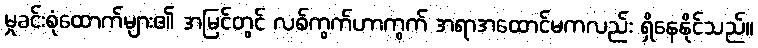
မှုခင်းစုံထောက်များ၏ အမြင်တွင် လစ်ကွက်ဟာကွက် အရာအထောင်မကလည်း ရှိနေနိုင်သည်။